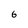
Character: 6